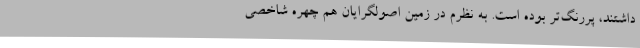
داشتند، پررنگ‌تر بوده است. به نظرم در زمین اصولگرایان هم چهره شاخصی